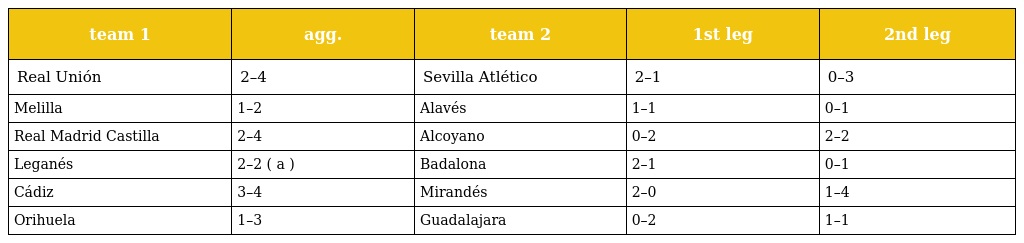
| team 1 | agg. | team 2 | 1st leg | 2nd leg |
 | --- | --- | --- | --- | --- |
 | Real Unión | 2–4 | Sevilla Atlético | 2–1 | 0–3 |
 | Melilla | 1–2 | Alavés | 1–1 | 0–1 |
 | Real Madrid Castilla | 2–4 | Alcoyano | 0–2 | 2–2 |
 | Leganés | 2–2 ( a ) | Badalona | 2–1 | 0–1 |
 | Cádiz | 3–4 | Mirandés | 2–0 | 1–4 |
 | Orihuela | 1–3 | Guadalajara | 0–2 | 1–1 |